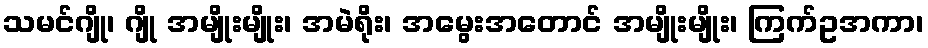
သမင်ဂျို၊ ဂျို အမျိုးမျိုး၊ အမဲရိုး၊ အမွေးအတောင် အမျိုးမျိုး၊ ကြက်ဥအကာ၊